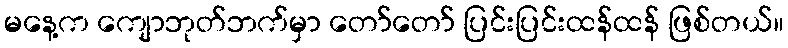
မနေ့က ကျောဘုတ်ဘက်မှာ တော်တော် ပြင်းပြင်းထန်ထန် ဖြစ်တယ်။